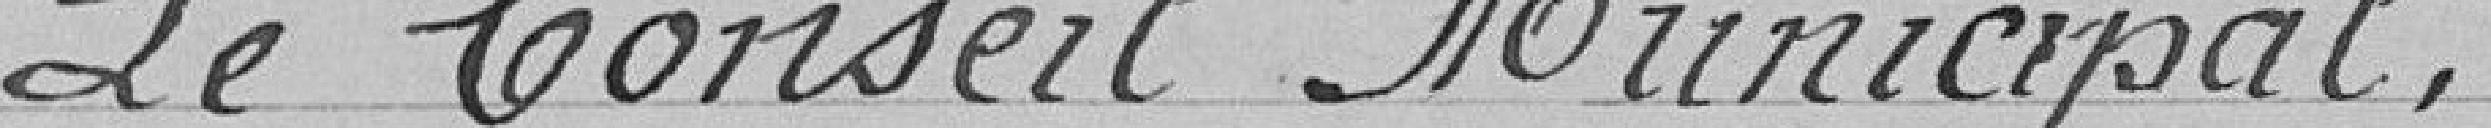
Le Conseil Municipal,